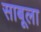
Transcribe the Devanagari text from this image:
साबूला